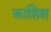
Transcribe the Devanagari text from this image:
काशिश